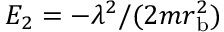
E _ { 2 } = - \lambda ^ { 2 } / ( 2 m r _ { \mathrm { b } } ^ { 2 } )